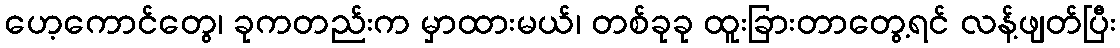
ဟေ့ကောင်တွေ၊ ခုကတည်းက မှာထားမယ်၊ တစ်ခုခု ထူးခြားတာတွေ့ရင် လန့်ဖျတ်ပြီး